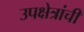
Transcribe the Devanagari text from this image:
उपक्षेत्रांची